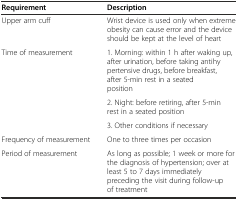
<table><thead><tr><td><b>Requirement</b></td><td><b>Description</b></td></tr></thead><tbody><tr><td>Upper arm cuff</td><td>Wrist device is used only when extreme obesity can cause error and the device should be kept at the level of heart</td></tr><tr><td>Time of measurement</td><td>1. Morning: within 1 h after waking up, after urination, before taking antihypertensive drugs, before breakfast, after 5-min rest in a seated position</td></tr><tr><td></td><td>2. Night: before retiring, after 5-min rest in a seated position</td></tr><tr><td></td><td>3. Other conditions if necessary</td></tr><tr><td>Frequency of measurement</td><td>One to three times per occasion</td></tr><tr><td>Period of measurement</td><td>As long as possible; 1 week or more for the diagnosis of hypertension; over at least 5 to 7 days immediately preceding the visit during follow-up of treatment</td></tr></tbody></table>